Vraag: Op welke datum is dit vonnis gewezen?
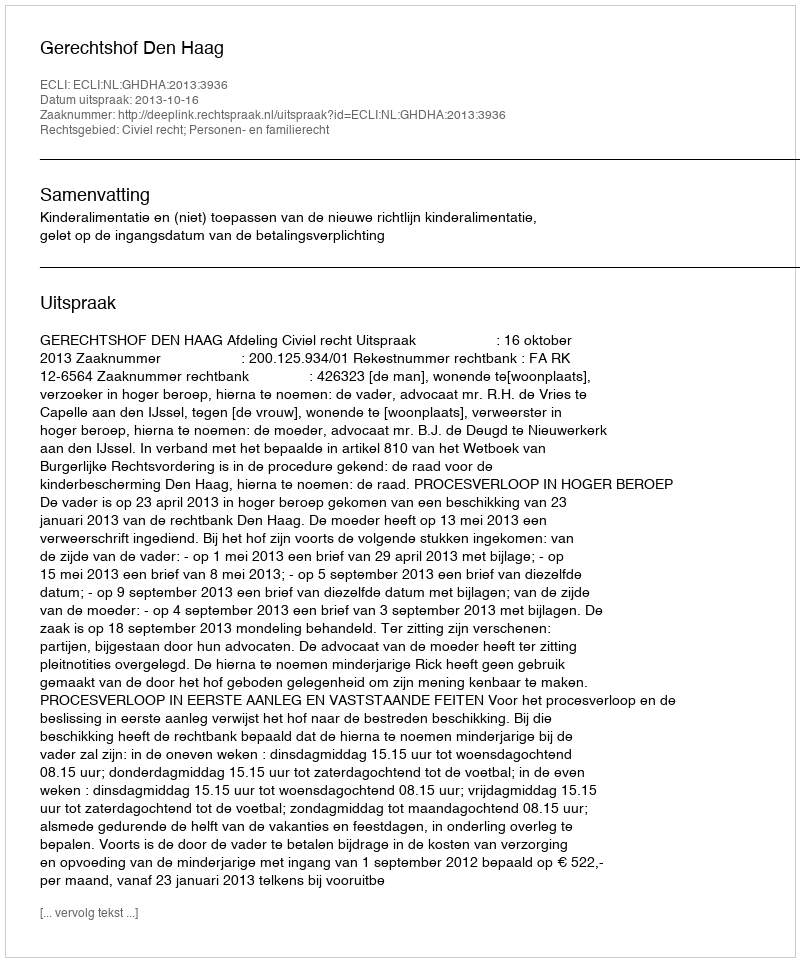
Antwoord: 2013-10-16